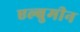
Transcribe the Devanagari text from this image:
एल्बुमीन